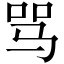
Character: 骂